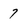
Character: 7